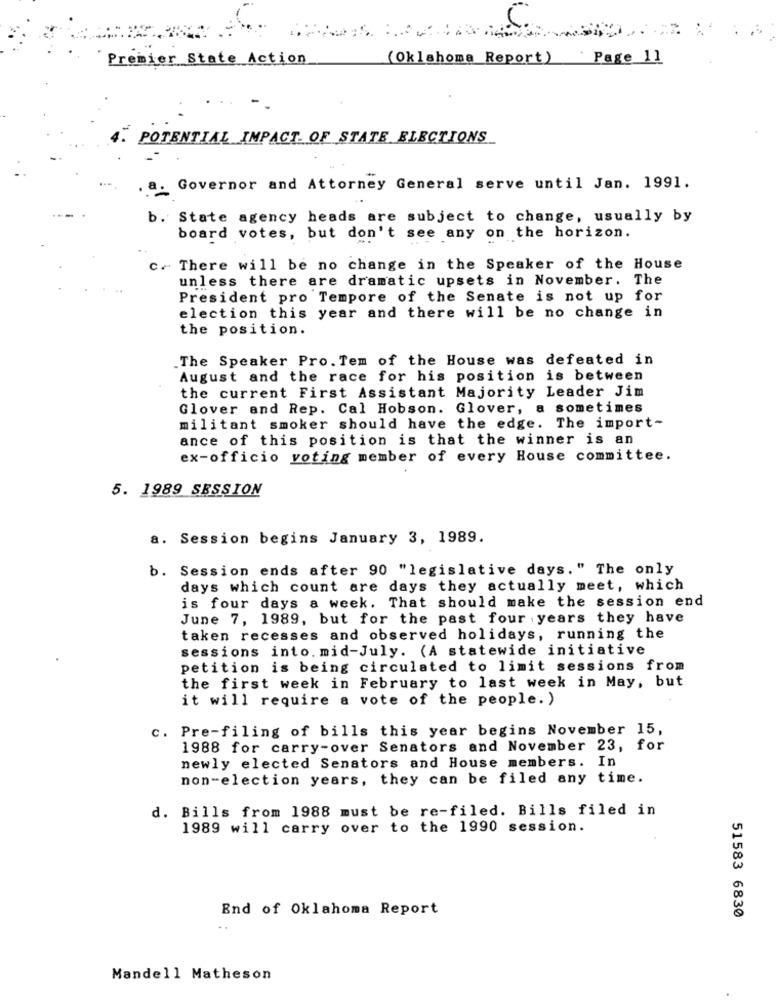
C.
Premier State Action
(Oklahoma Report) Page 1]
POTENTIAL IMPACT OF STATE ELECTIONS
Governor and Attorney General serve until Jan. 1991.
State agency heads are subject to change, usually by
board votes, but don't see any on the horizon.
c. There will be no change in the Speaker of the House
unless there are dramatic upsets in November. The
President pro Tempore of the Senate is not up for
election this year and there will be no change in
the position.
.The Speaker Pro. Tem of the House was defeated in
August and the race for his position is between
the current First Assistant Majority Leader Jim
Glover and Rep. Cal Hobson. Glover, a sometimes
militant smoker should have the edge. The import-
ance of this position is that the winner is an
ex-officio voting member of every House committee.
5. 1989 SESSION
a. Session begins January 3, 1989.
b. Session ends after 90 "legislative days." The only
days which count are days they actually meet, which
is four days a week. That should make the session end
June 7, 1989, but for the past four years they have
taken recesses and observed holidays, running the
sessions into. mid-July. (A statewide initiative
petition is being circulated to limit sessions from
the first week in February to last week in May, but
it will require a vote of the people. )
c. Pre-filing of bills this year begins November 15,
1988 for carry-over Senators and November 23, for
newly elected Senators and House members. In
non-election years, they can be filed any time.
d. Bills from 1988 must be re-filed. Bills filed in
1989 will carry over to the 1990 session.
End of Oklahoma Report
51583 6830
Mandell Matheson